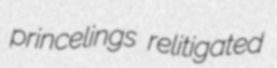
princelings relitigated